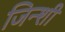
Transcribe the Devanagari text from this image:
जिन्शी